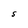
Character: S